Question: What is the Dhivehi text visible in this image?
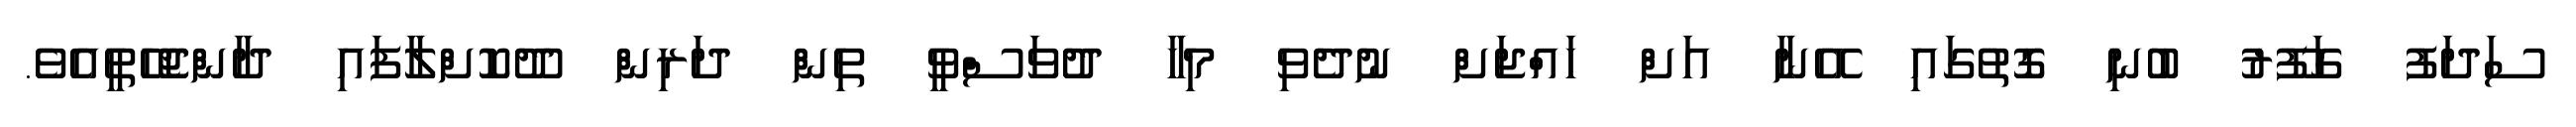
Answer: ސަދަފު ގަފޫރު ބުނި ގޮތުގައި އޭނާ އަށް ހައްޖަށް ނުދެވި މިހާ ދުވަސްވީ ތިން ދަރިން ދޫކޮށްލާފައި ދާންޖެހޭތީއެވެ.